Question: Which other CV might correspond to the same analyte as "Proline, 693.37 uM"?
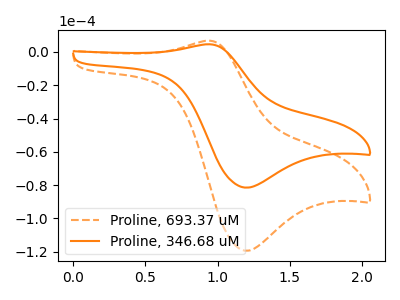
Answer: <think>The orange dashed curve "Proline, 693.37 uM" has an anodic peak at (0.95V, 6.75uA) and a cathodic peak at (1.20V, -119.45uA). The orange curve "Proline, 346.68 uM" has an anodic peak at (0.95V, 4.60uA) and a cathodic peak at (1.20V, -81.50uA).
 All the peaks in "Proline, 693.37 uM" have a peak in "Proline, 346.68 uM" at the same potential. Every peak in "Proline, 693.37 uM" is higher than every peak in "Proline, 346.68 uM".</think>
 <answer>The CV with the most similar shape to "Proline, 346.68 uM" is "Proline, 693.37 uM".</answer>
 <eval>"Proline, 693.37 uM"</eval>